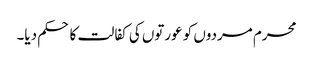
محرم مردوں کو عورتوں کی کفالت کا حکم دیا۔